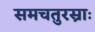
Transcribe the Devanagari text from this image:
समचतुरस्राः